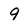
Character: 9